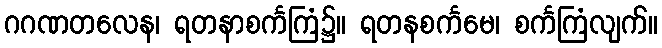
ဂဂဏတလေန၊ ရတနာစင်္ကကြံ၌။ ရတနစင်္ကမေ၊ စင်္ကကြံလျက်။